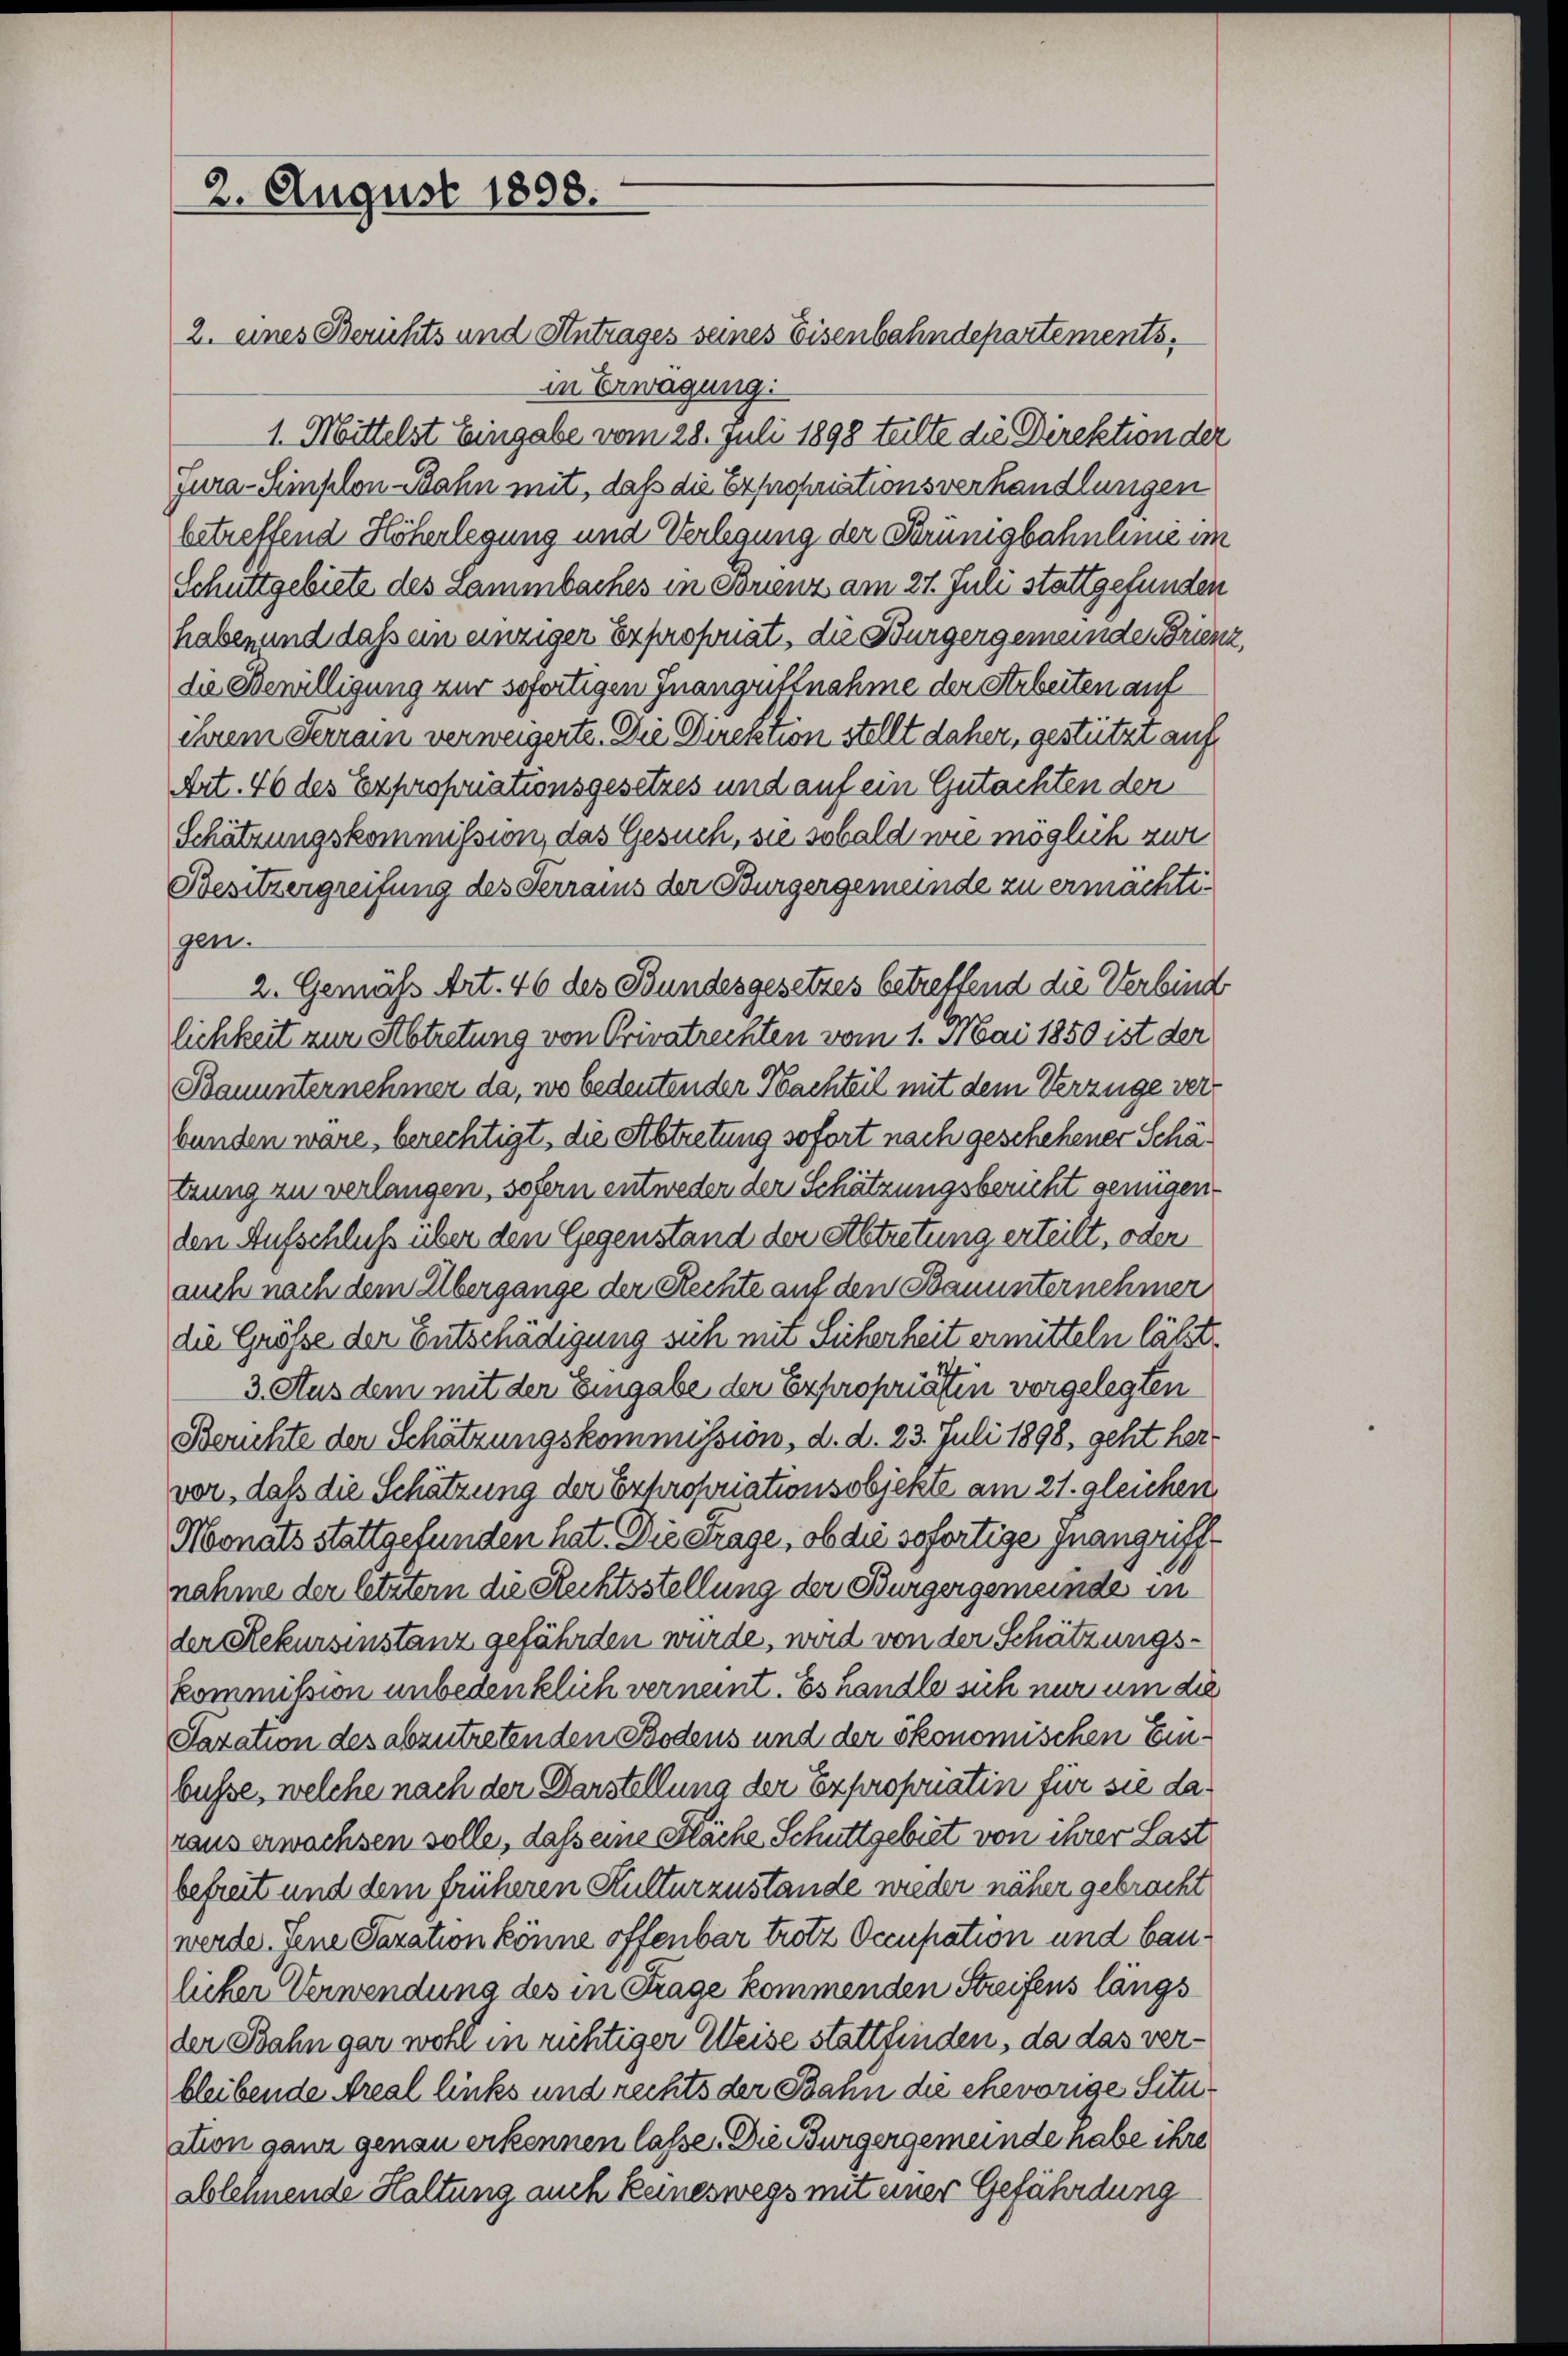
2. August 1898.

2. eines Berichts und Antrages seines Eisenbahndepartements,
in Erwägung:
1. Mittelst Eingabe vom 28. Juli 1898 teilte die Direktion der
Jura-Simplon-ahn mit, daß die Expropriationsverhandlungen
betreffend Höherlegung und Verlegung der Brünigbahnlinie in
Schuttgebiete des Lammbaches in Brienz am 27. Juli stattgefunden
haben und dass ein einziger Exproporat, die Bürgergemeinde Brien
die Bewilligung zur sofortigen Inangrittnahme der Arbeiten auf
ihrem Ferrain verweigerte. Die Direktion stellt daher, gestützt auf
Art. 46 des Expropriationsgesetzes und auf ein Gutachten der
Schätzungskommission, das Gesuch, sie sobald wie möglich zur
Besitzergreifung des Terrains der Burgergemeinde zu ermachtigen.
2. Gemäß Art. 46 des Bundesgesetzes betreffend die Verbind
lichkeit zur Abtretung von Privatrechten vom 1. Mai 1850 ist der
Bauunternehmer da, wo bedeutender Nachteil mit dem Verzüge verbunden wäre, berechtigt, die Abtretung sofort nach geschehener Schätzung zu verlangen, sofern entweder der Schätzungsbericht genügen
den Aufschluß über den Gegenstand der Abtretung erteilt, oder
auch nach dem Übergange der Rechte auf den Bauunternehmer
die Größe der Entschädigung sich mit Sicherheit ermitteln lässt.
3. Aus dem mit der Eingabe der Expropriation vorgelegten
Berichte der Schätzungskommission, d. d. 23. Juli 1898, geht hervor, daß die Schätzung der Expropriationsobjekte am 21. gleichen,
Monats stattgefunden hat. Die Frage, ob die sofortige Inangriff
nahme der letztern die Rechtsstellung der Bürgergemeinde in
der Rekursinstanz gefährden wurde, wird von der Schätzungskommission unbedenklich verneint. Es handle sich nur um die
Saxation des abzutretenden Bodens und der ökonomischen Einbusse, welche nach der Darstellung der Exproporatin für sie daraus erwachsen solle, daß eine Fläche Schuttgebiet von ihrer Last
befreit und dem früheren Kulturzustände wieder näher gebracht
werde. Jene Taxation könne offenbar trotz Occupation und baulicher Verwendung des in Frage kommenden Streifens längs
der Bahn gar wohl in richtiger Weise stattfinden, da das verbleibende Areal links und rechts der Bahn die ehevorige Situation ganz genau erkennen lasse. Die Bürgergemeinde habe ihre
ablehnende Haltung auch keineswegs mit einer Gefährdung